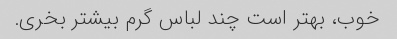
خوب، بهتر است چند لباس گرم بیشتر بخری.